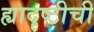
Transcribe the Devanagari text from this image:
ह्यादृष्टीची